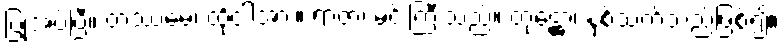
ပြုအပ်ပြီ။ တဿမေ၊ ထိုငါအား။ ရာဇာ၊ မင်းကြီးသည်။ တုဋ္ဌော၊ နှစ်သက်သည်ဖြစ်၍။